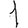
Digit: 1